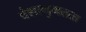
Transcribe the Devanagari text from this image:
वंशानुगतता